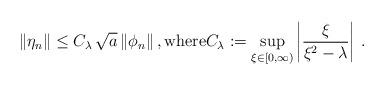
LaTeX: \begin{align*} \|\eta_n\| \leq C_\lambda \, \sqrt{a} \, \|\phi_n\| \,, \mbox{where} C_\lambda := \sup_{\xi\in[0,\infty)} \left| \frac{\xi}{\xi^2-\lambda} \right| \,.\end{align*}